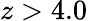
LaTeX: z>4.0